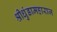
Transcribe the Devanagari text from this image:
श्रीधुंडामहाराज